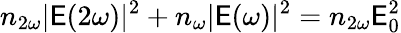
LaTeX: n_{2\omega}|\mathsf{E}(2\omega)|^{2}+n_{\omega}|\mathsf{E}(\omega)|^{2}=n_{2\omega}\mathsf{E}_{0}^{2}